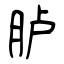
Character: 胪